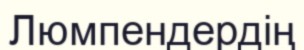
Люмпендердің